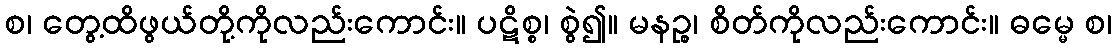
စ၊ တွေ့ထိဖွယ်တို့ကိုလည်းကောင်း။ ပဋိစ္စ၊ စွဲ၍။ မနဉ္စ၊ စိတ်ကိုလည်းကောင်း။ ဓမ္မေ စ၊